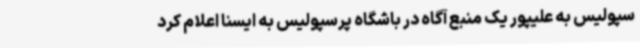
سپولیس‌ به علیپور یک منبع آگاه در باشگاه پرسپولیس به ایسنا اعلام کرد